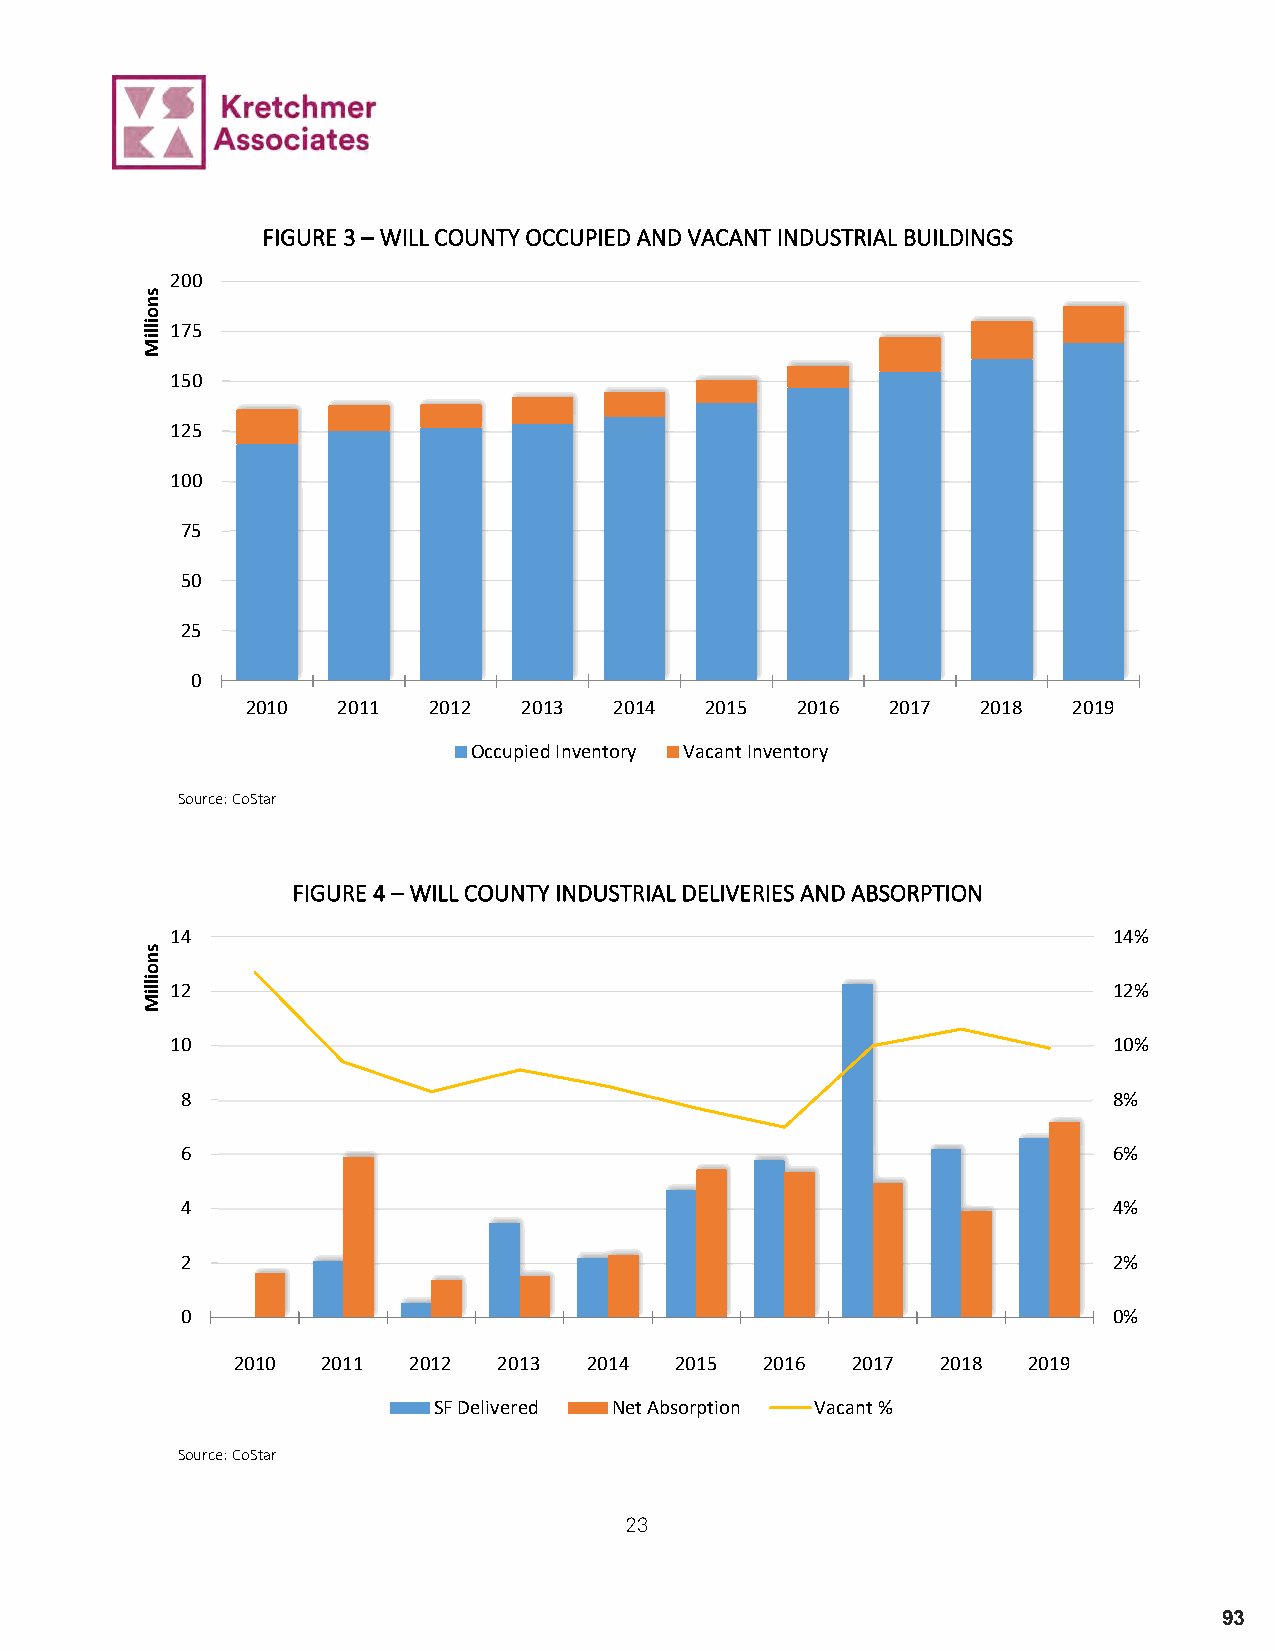
FIGURE 3 – WILL COUNTY OCCUPIED AND VACANT INDUSTRIAL BUILDINGS
 200
 175
 150
 125
 100
 75
 50
 25
 0
 2010  2011  2012   2013  2014  2015  2016  2017  2018  2019
 Occupied Inventory Vacant Inventory
 Source: CoStar
 FIGURE 4 – WILL COUNTY INDUSTRIAL DELIVERIES AND ABSORPTION
 14                                                             14%
 12                                                             12%
 10                                                             10%
 8                                                             8%
 6                                                             6%
 4                                                             4%
 2                                                             2%
 0                                                             0%
 2010  2011  2012  2013  2014  2015  2016 2017  2018  2019
 SF Delivered Net Absorption Vacant %
 Source: CoStar
 23
 93
 snoilliM
 snoilliM